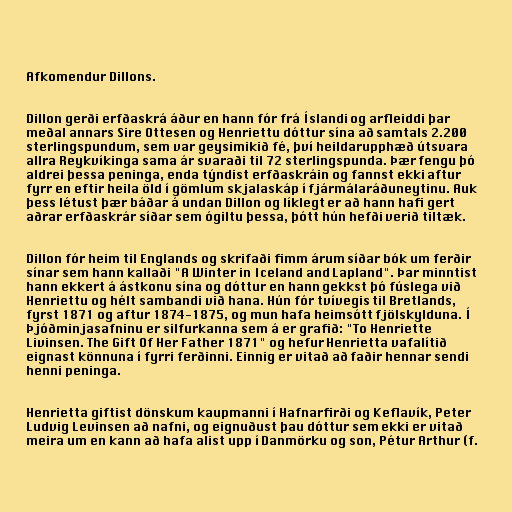
Afkomendur Dillons.

Dillon gerði erfðaskrá áður en hann fór frá Íslandi og arfleiddi þar
meðal annars Sire Ottesen og Henriettu dóttur sína að samtals 2.200
sterlingspundum, sem var geysimikið fé, því heildarupphæð útsvara
allra Reykvíkinga sama ár svaraði til 72 sterlingspunda. Þær fengu þó
aldrei þessa peninga, enda týndist erfðaskráin og fannst ekki aftur
fyrr en eftir heila öld í gömlum skjalaskáp í fjármálaráðuneytinu. Auk
þess létust þær báðar á undan Dillon og líklegt er að hann hafi gert
aðrar erfðaskrár síðar sem ógiltu þessa, þótt hún hefði verið tiltæk.

Dillon fór heim til Englands og skrifaði fimm árum síðar bók um ferðir
sínar sem hann kallaði "A Winter in Iceland and Lapland". Þar minntist
hann ekkert á ástkonu sína og dóttur en hann gekkst þó fúslega við
Henriettu og hélt sambandi við hana. Hún fór tvívegis til Bretlands,
fyrst 1871 og aftur 1874-1875, og mun hafa heimsótt fjölskylduna. Í
Þjóðminjasafninu er silfurkanna sem á er grafið: "To Henriette
Livinsen. The Gift Of Her Father 1871" og hefur Henrietta vafalítið
eignast könnuna í fyrri ferðinni. Einnig er vitað að faðir hennar sendi
henni peninga.

Henrietta giftist dönskum kaupmanni í Hafnarfirði og Keflavík, Peter
Ludvig Levinsen að nafni, og eignuðust þau dóttur sem ekki er vitað
meira um en kann að hafa alist upp í Danmörku og son, Pétur Arthur (f.